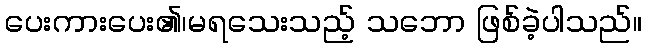
ပေးကားပေး၏၊မရသေးသည့် သဘော ဖြစ်ခဲ့ပါသည်။